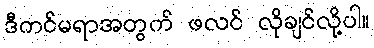
ဒီကင်မရာအတွက် ဖလင် လိုချင်လို့ပါ။